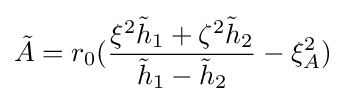
{\tilde {A}}=r_{0}({\frac {\xi ^{2}{\tilde {h}}_{1}+\zeta ^{2}{\tilde {h}}_{2}}{{\tilde {h}}_{1}-{\tilde {h}}_{2}}}-\xi _{A}^{2})